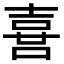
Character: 𠺇